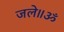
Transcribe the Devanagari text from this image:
जले॥ॐ